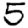
Digit: 5